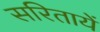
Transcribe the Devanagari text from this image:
सरितायें